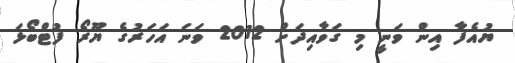
ޔުއެފާ އިން ވަނީ މި ގަވާއިދަށް 2012 ވަނަ އަހަރުގެ ޔޫރޯ ފުޓްބޯޅަ